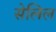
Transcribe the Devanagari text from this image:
सेलिल